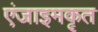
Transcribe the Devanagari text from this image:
एंजाइमकृत